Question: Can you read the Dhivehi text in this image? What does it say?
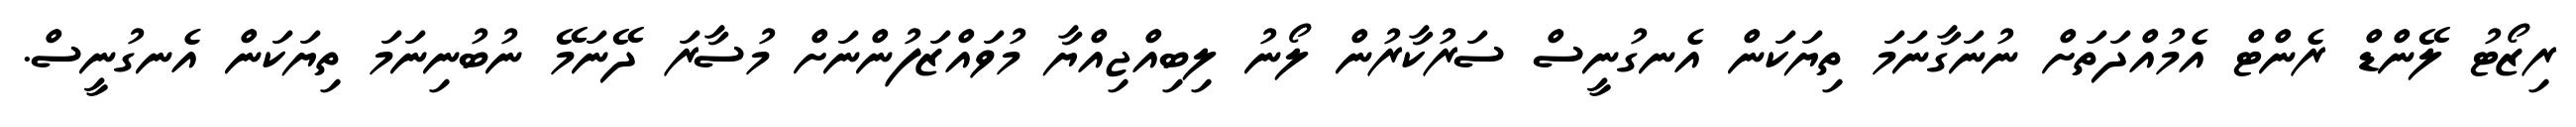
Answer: ރިޒޯޓު ލޭންޑް ރެންޓް އެމުއްދަތަށް ނުނަގާނަމަ ތިޔަކަން އެނގުނީސް ސަރުކާރުން ލޯނު ލިބިއްޖިއްޔާ މުވައްޒަފުންނަށް މުސާރަ ދޭނަމޭ ނުބުނިނަމަ ތިޔަކަން އެނގުނީސް.